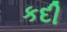
કદી